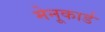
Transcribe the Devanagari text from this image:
मेनूकार्ड